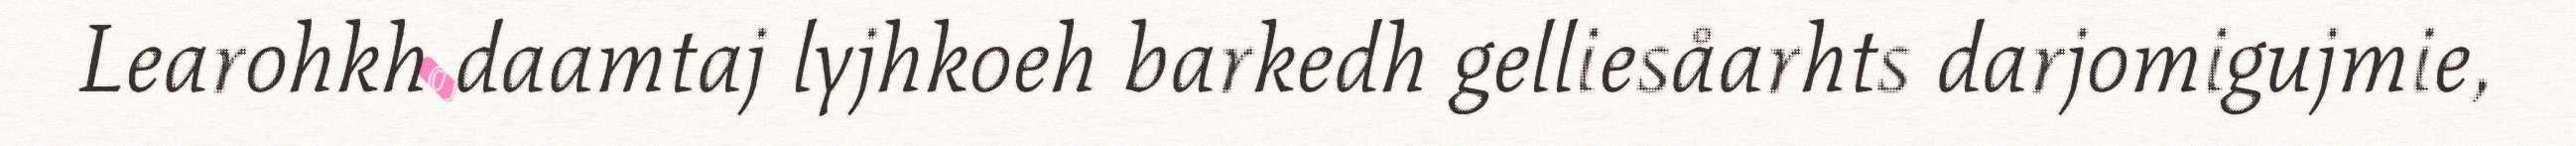
Learohkh daamtaj lyjhkoeh barkedh gelliesåarhts darjomigujmie,